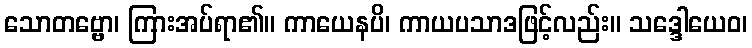
သောတဗ္ဗော၊ ကြားအပ်ရာ၏။ ကာယေနပိ၊ ကာယပသာဒဖြင့်လည်း။ သဒ္ဒေါယေဝ၊